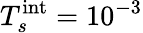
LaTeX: T_{s}^{\textnormal{int}}=10^{-3}